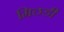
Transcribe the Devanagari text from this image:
मिठडी